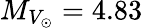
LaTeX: M_{V_{\odot}}=4.83